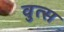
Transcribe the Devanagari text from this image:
वुत्स